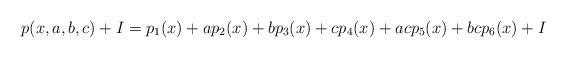
\begin{align*}p(x,a,b,c)+I=p_{1}(x)+ap_{2}(x)+bp_{3}(x)+cp_{4}(x)+acp_{5}(x)+bcp_{6}(x)+I\end{align*}